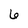
Character: 6